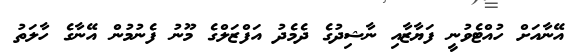
އޭނާއަށް ހުއްޓެވުނީ ފަޔާޒާއި ނާޝިދުގެ ދެމެދު އަފްޒަލްގެ މޫނު ފެނުމުން އޭނާގެ ހާލަތު